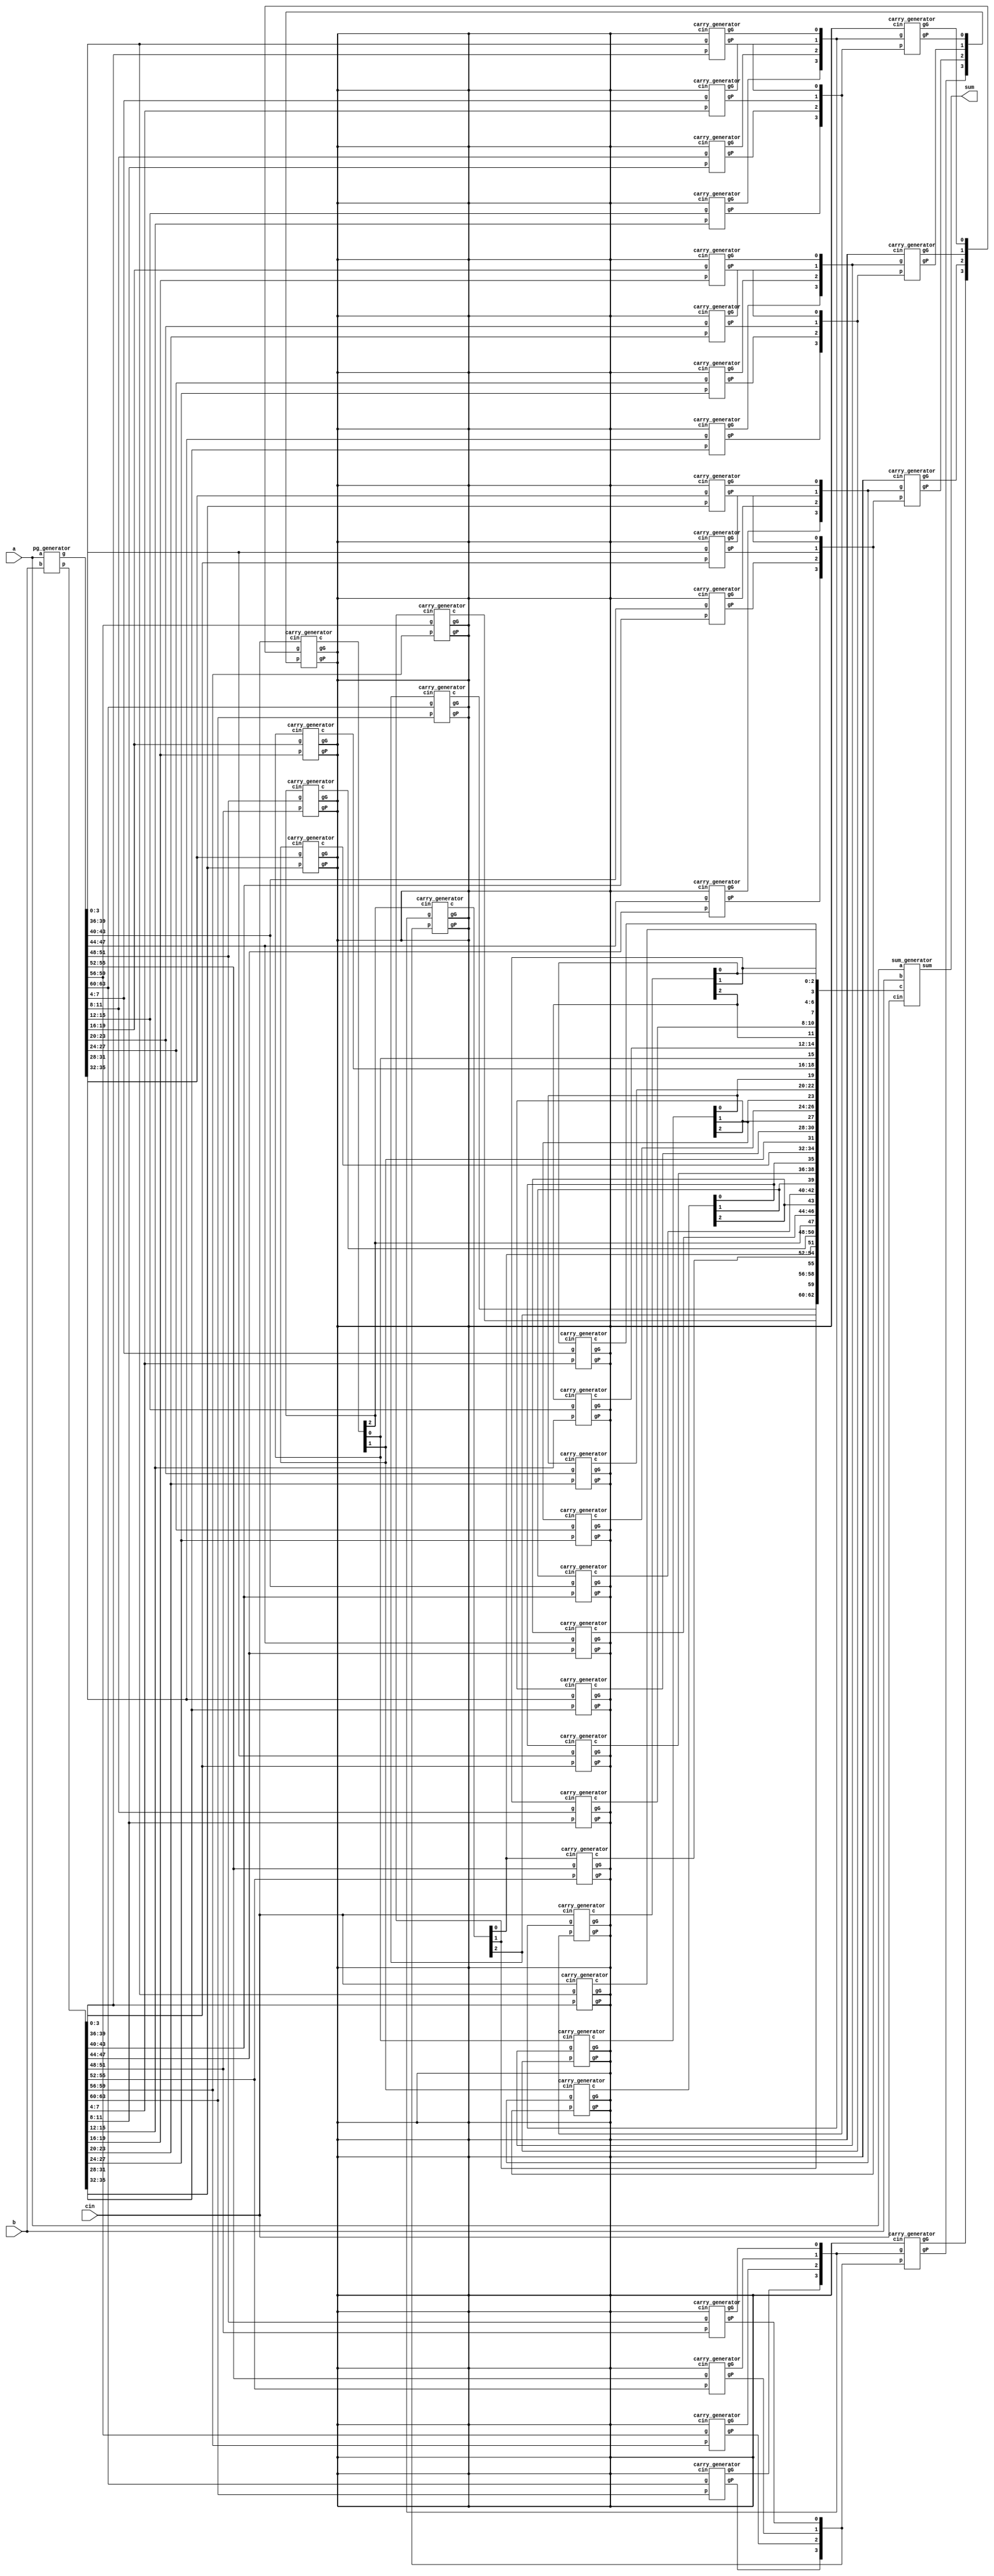
module CLA_64bit( a, b, cin, sum);

	input [63:0] a, b;
	input cin;
	output [63:0] sum;
	
	//write your design below
	wire [3:0] PP, GG;
	wire [15:0] P, G;
	wire [63:0] p, g;
	wire [64:0] c;
		
	//generate p & g
	pg_generator pg(a[63:0], b[63:0],p[63:0], g[63:0]);
	
	//generate group g & p 
	carry_generator PG1( p[3:0], g[3:0], ,G[0], P[0],);
	carry_generator PG2( p[7:4], g[7:4], ,G[1], P[1],);
	carry_generator PG3( p[11:8], g[11:8], ,G[2], P[2],);
	carry_generator PG4( p[15:12], g[15:12], ,G[3], P[3],);
	carry_generator PG5( p[19:16], g[19:16], ,G[4], P[4],);
	carry_generator PG6( p[23:20], g[23:20], ,G[5], P[5],);
	carry_generator PG7( p[27:24], g[27:24], ,G[6], P[6],);
	carry_generator PG8( p[31:28], g[31:28], ,G[7], P[7],);
	carry_generator PG9( p[35:32], g[35:32], ,G[8], P[8],);
	carry_generator PG10( p[39:36], g[39:36], ,G[9], P[9],);
	carry_generator PG11( p[43:40], g[43:40], ,G[10], P[10],);
	carry_generator PG12( p[47:44], g[47:44], ,G[11], P[11],);
	carry_generator PG13( p[51:48], g[51:48], ,G[12], P[12],);
	carry_generator PG14( p[55:52], g[55:52], ,G[13], P[13],);
	carry_generator PG15( p[59:56], g[59:56], ,G[14], P[14],);
	carry_generator PG16( p[63:60], g[63:60], ,G[15], P[15],);

	//generate group GG & PP
	carry_generator PG2_1( P[3:0], G[3:0], ,GG[0], PP[0],);
	carry_generator PG2_2( P[7:4], G[7:4], ,GG[1], PP[1],);
	carry_generator PG2_3( P[11:8], G[11:8], ,GG[2], PP[2],);
	carry_generator PG2_4( P[15:12], G[15:12], ,GG[3], PP[3],);

	//generate c16, c32, c48, c64 & cout
	carry_generator carry_c16x(PP[3:0], GG[3:0], cin,,, {c[48],c[32],c[16]});

	//generate c4, c8, c12,...
	carry_generator carry_c4x1(P[3:0], G[3:0], cin,,, {c[12],c[8],c[4]});
	carry_generator carry_c4x2(P[7:4], G[7:4], c[16],,,{c[28],c[24],c[20]});
	carry_generator carry_c4x3(P[11:8], G[11:8], c[32],,, {c[44],c[40],c[36]});
	carry_generator carry_c4x4(P[15:12], G[15:12], c[48],,, {c[60],c[56],c[52]});

	//assign cout = c4x[4];
	//generate all c
	carry_generator carry1(p[3:0], g[3:0], cin,,, {c[3:1]});
	carry_generator carry2(p[7:4], g[7:4], c[4],,, c[7:5]);
	carry_generator carry3(p[11:8], g[11:8], c[8],,, c[11:9]);
	carry_generator carry4(p[15:12], g[15:12], c[12],,, c[15:13]);
	carry_generator carry5(p[19:16], g[19:16], c[16],,, c[19:17]);
	carry_generator carry6(p[23:20], g[23:20], c[20],,, c[23:21]);
	carry_generator carry7(p[27:24], g[27:24], c[24],,, c[27:25]);
	carry_generator carry8(p[31:28], g[31:28], c[28],,, c[31:29]);
	carry_generator carry9(p[35:32], g[35:32], c[32],,, c[35:33]);
	carry_generator carry10(p[39:36], g[39:36], c[36],,, c[39:37]);
	carry_generator carry11(p[43:40], g[43:40], c[40],,, c[43:41]);
	carry_generator carry12(p[47:44], g[47:44], c[44],,, c[47:45]);
	carry_generator carry13(p[51:48], g[51:48], c[48],,, c[51:49]);
	carry_generator carry14(p[55:52], g[55:52], c[52],,, c[55:53]);
	carry_generator carry15(p[59:56], g[59:56], c[56],,, c[59:57]);
	carry_generator carry16(p[63:60], g[63:60], c[60],,, c[63:61]);

	//generate sum
	sum_generator sum1( a[63:0], b[63:0], cin, c[63:1], sum[63:0]);
	
endmodule

module carry_generator( p, g,cin, gG, gP,c);

	input [3:0] p, g;
	input cin;
	output gG, gP;
	output [3:1] c;

	assign gG = (g[0] & p[1] & p[2] & p[3])|(g[1]&p[2]&p[3])|(g[2]&p[3])|g[3];
	assign gP = p[0] & p[1] & p[2] & p[3];
	
	assign c[1] = g[0]|(p[0] & cin);
	assign c[2] = g[1]|(p[1] & g[0])|(p[1] & p[0] & cin);
	assign c[3] = g[2]|(p[2] & g[1])|(p[2] & p[1] & g[0])|(p[2] & p[1] & p[0] & cin);
	//assign c[4] = g[3]|(p[3] & g[2])|(p[3] & p[2] & g[1])|(p[3] & p[2] & p[1] & g[0])|(p[3] & p[2] & p[1] & p[0] & cin);
		
endmodule

module sum_generator( a,b,cin,c, sum);

    input [63:0] a, b;
	input cin;
	input [63:1]c;
	output [63:0] sum;

		
	assign sum = a^ b^{c,cin};
		
endmodule

module pg_generator( a, b, p, g);

    input [63:0] a, b;
    output [63:0] p, g;

    // Carry Propagate
    assign p = a | b;
    assign g = a & b ;
    

endmodule